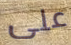
على